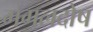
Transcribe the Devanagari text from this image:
मंगलदोष